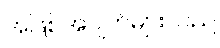
အဖြစ်အပျက်များသည်